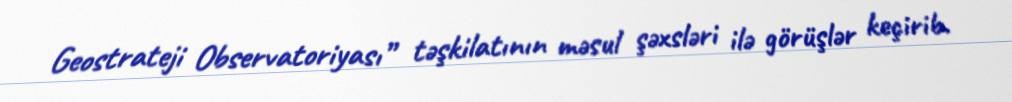
Geostrateji Observatoriyası” təşkilatının məsul şəxsləri ilə görüşlər keçirib.